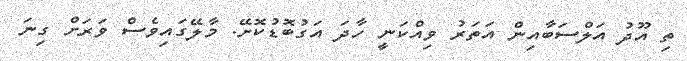
ތި އޫދު އަލްސަބާއިން އަތަރު ވިއްކަނީ ހާދަ އަގުބޮޑުކޮށޭ. މާލޭގައިވެސް ވަރަށް ގިނަ